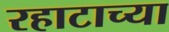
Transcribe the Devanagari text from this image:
रहाटाच्या